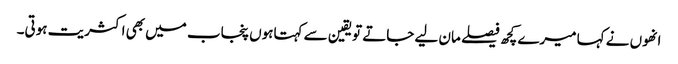
انھوں نے کہا میرے کچھ فیصلے مان لیے جاتے تویقین سے کہتاہوں پنجاب میں بھی اکثریت ہوتی۔